Indian journal of veterinary science and animal husbandry - Volumes 24-25, 1954-1955
Year: 1954
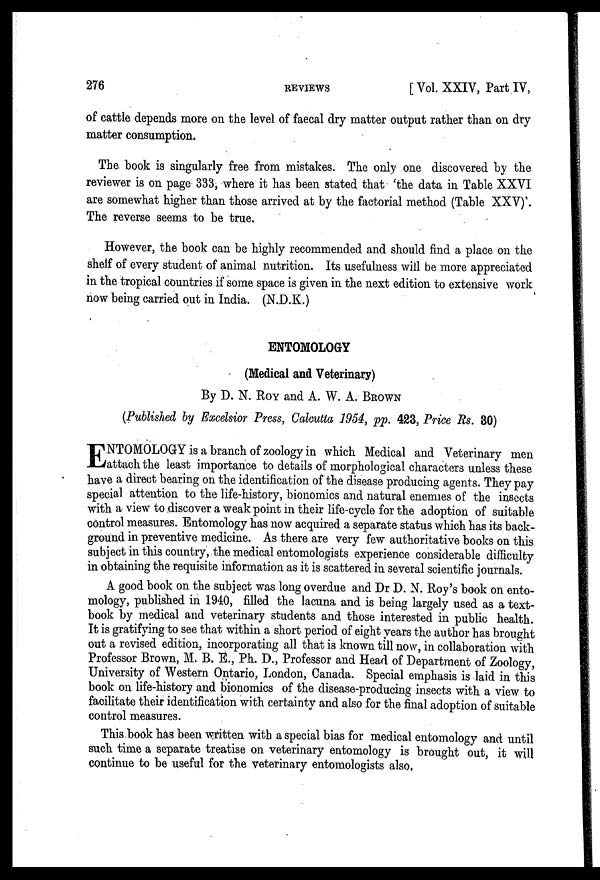
276
REVIEWS
[Vol. XXIV, Part IV,
of cattle depends more on the level of faecal dry matter output rather than on dry
matter consumption.
The book is singularly free from mistakes. The only one discovered by the
reviewer is on page 333, where it has been stated that 'the data in Table XXVI
are somewhat higher than those arrived at by the factorial method (Table XXV)'.
The reverse seems to be true.
However, the book can be highly recommended and should find a place on the
shelf of every student of animal nutrition. Its usefulness will be more appreciated
in the tropical countries if some space is given in the next edition to extensive work
now being carried out in India. (N.D.K.)
ENTOMOLOGY
(Medical and Veterinary)
By D. N. ROY and A. W. A. BROWN
(Published by Excelsior Press, Calcutta 1954, pp. 423, Price Rs. 30)
E NTOMOLOGY is a branch of zoology in which Medical and Veterinary men
attach the least importance to details of morphological characters unless these
have a direct bearing on the identification of the disease producing agents. They pay
special attention to the life-history, bionomics and natural enemies of the insects
with a view to discover a weak point in their life-cycle for the adoption of suitable
control measures. Entomology has now acquired a separate status which has its back-
ground in preventive medicine. As there are very few authoritative books on this
subject in this country, the medical entomologists experience considerable difficulty
in obtaining the requisite information as it is scattered in several scientific journals.
A good book on the subject was long overdue and Dr D. N. Roy's book on ento-
mology, published in 1940, filled the lacuna and is being largely used as a text-
book by medical and veterinary students and those interested in public health.
It is gratifying to see that within a short period of eight years the author has brought
out a revised edition, incorporating all that is known till now, in collaboration with
Professor Brown, M. B. E., Ph. D., Professor and Head of Department of Zoology,
University of Western Ontario, London, Canada. Special emphasis is laid in this
book on life-history and bionomics of the disease-producing insects with a view to
facilitate their identification with certainty and also for the final adoption of suitable
control measures.
This book has been written with a special bias for medical entomology and until
such time a separate treatise on veterinary entomology is brought out, it will
continue to be useful for the veterinary entomologists also.